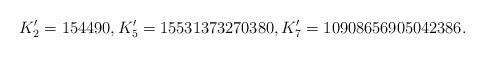
LaTeX: \begin{align*}K_2^\prime=154490,K_5^\prime=15531373270380,K_7^\prime=10908656905042386.\end{align*}